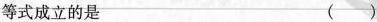
等式成立的是()